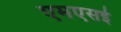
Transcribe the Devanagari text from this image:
एमएसई